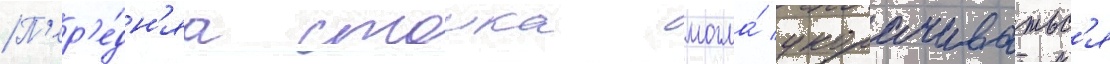
П'ер'е́дн'яа стоика могла́ укорачиватьс'я